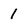
Character: 1